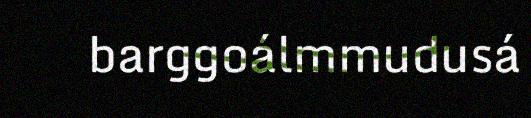
barggoálmmudusá